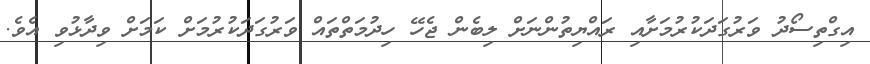
އިގްތިސޯދު ވަރުގަދަކުރުމަށާއި ރައްޔިތުންނަށް ލިބެން ޖެހޭ ހިދުމަތްތައް ވަރުގަދަކުރުމަށް ކަމަށް ވިދާޅުވި އެވެ.